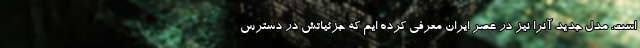
است. مدل جدید آنرا نیز در عصر ایران معرفی کرده ایم که جزئیاتش در دسترس